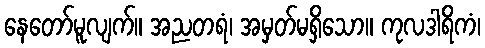
နေတော်မူလျက်။ အညတရံ၊ အမှတ်မရှိသော။ ကုလဒါရိကံ၊